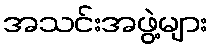
အသင်းအဖွဲ့များ